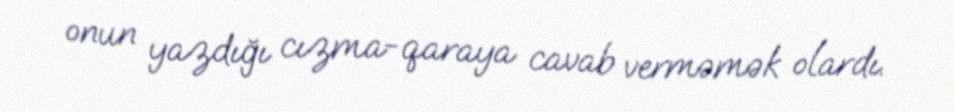
onun yazdığı cızma-qaraya cavab verməmək olardı.